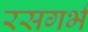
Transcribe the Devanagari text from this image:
रसगर्भ